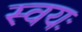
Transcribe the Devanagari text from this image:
स्वयः